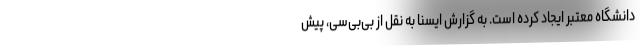
دانشگاه معتبر ایجاد کرده است. به گزارش ایسنا به نقل از بی‌بی‌سی، پیش